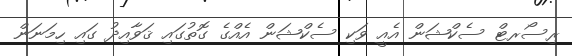
ރިސޯރޓް ސެކްޝަން އެއީ ވަކި ސެކްޝަން އެއްގެ ގޮތުގައި ޤަވާއިދު ގައި ހިމަނަން